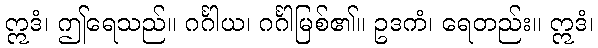
ဣဒံ၊ ဤရေသည်။ ဂင်္ဂါယ၊ ဂင်္ဂါမြစ်၏။ ဥဒကံ၊ ရေတည်း။ ဣဒံ၊